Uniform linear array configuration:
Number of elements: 48
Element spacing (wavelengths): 1
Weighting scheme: cosine
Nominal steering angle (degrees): -15
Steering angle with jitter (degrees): -13.828
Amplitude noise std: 0.05
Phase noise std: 0.05

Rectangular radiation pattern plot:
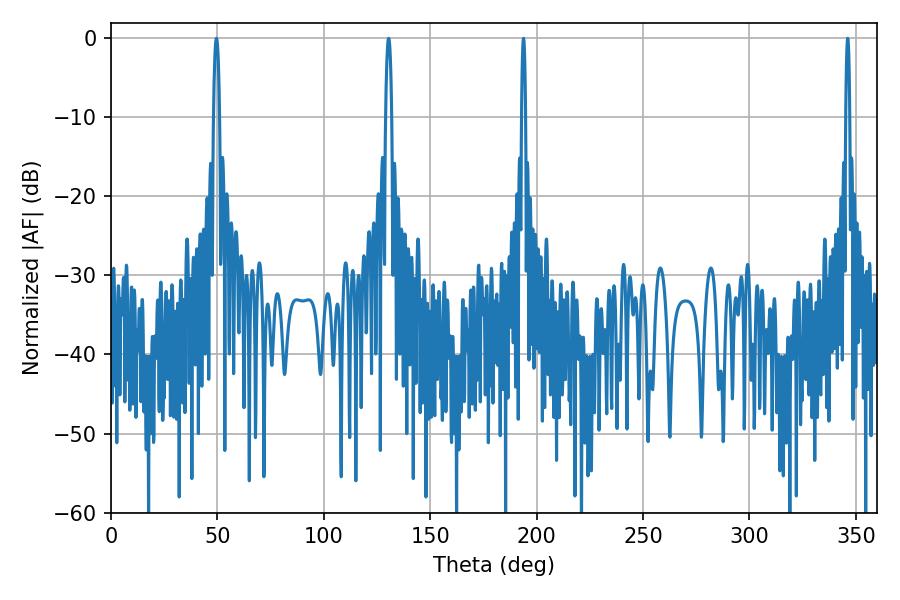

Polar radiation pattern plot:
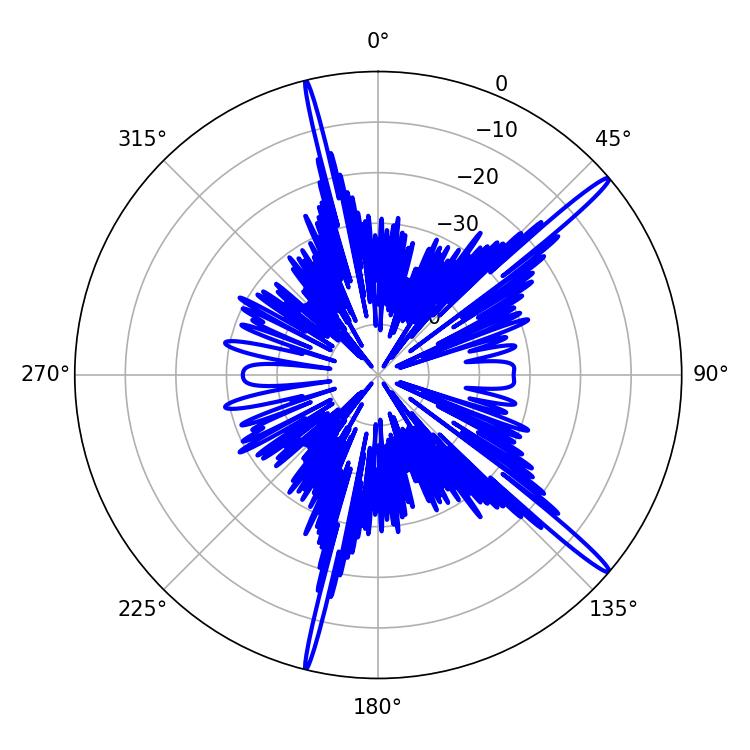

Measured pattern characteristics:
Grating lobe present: TRUE
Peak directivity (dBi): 17.132
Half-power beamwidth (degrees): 1.08
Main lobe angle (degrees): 193.86